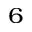
_ 6